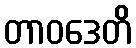
တာဝဒေတိ